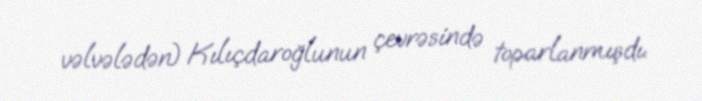
vəlvələdən) Kılıçdaroğlunun çevrəsində toparlanmışdı.